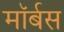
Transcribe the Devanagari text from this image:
मॉर्बस